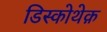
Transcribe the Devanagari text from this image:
डिस्कोथेक़